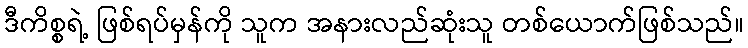
ဒီကိစ္စရဲ့ ဖြစ်ရပ်မှန်ကို သူက အနားလည်ဆုံးသူ တစ်ယောက်ဖြစ်သည်။